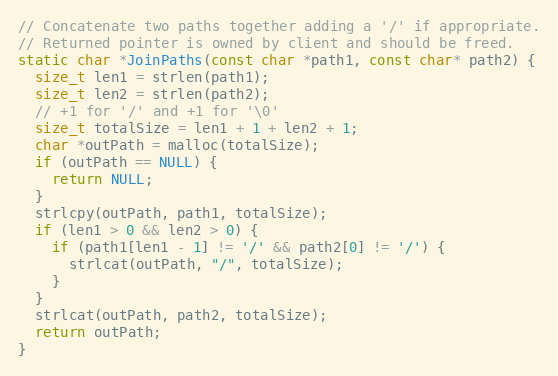
Language: C
// Concatenate two paths together adding a '/' if appropriate.
// Returned pointer is owned by client and should be freed.
static char *JoinPaths(const char *path1, const char* path2) {
  size_t len1 = strlen(path1);
  size_t len2 = strlen(path2);
  // +1 for '/' and +1 for '\0'
  size_t totalSize = len1 + 1 + len2 + 1;
  char *outPath = malloc(totalSize);
  if (outPath == NULL) {
    return NULL;
  }
  strlcpy(outPath, path1, totalSize);
  if (len1 > 0 && len2 > 0) {
    if (path1[len1 - 1] != '/' && path2[0] != '/') {
      strlcat(outPath, "/", totalSize);
    }
  }
  strlcat(outPath, path2, totalSize);
  return outPath;
}